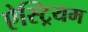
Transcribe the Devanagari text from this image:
ऐस्ट्रियम